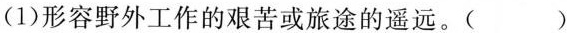
(1)形容野外工作的艰苦或旅途的遥远。()